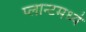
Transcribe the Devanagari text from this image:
प्लान्टमध्ये